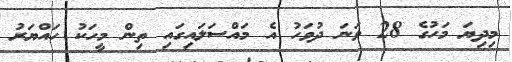
މިދިޔަ މަހުގެ 28 ވަނަ ދުވަހު އެ މައްސަލައިގައި ތިން މީހަކު ހައްޔަރު